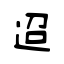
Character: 迢